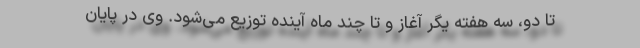
تا دو، سه هفته یگر آغاز و تا چند ماه آینده توزیع می‌شود. وی در پایان